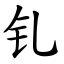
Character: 钆